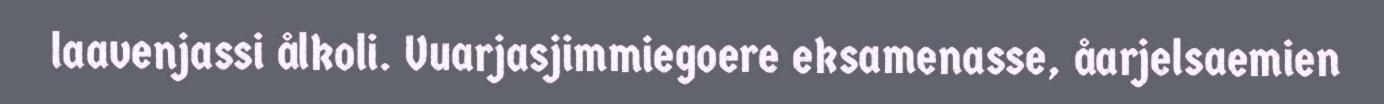
laavenjassi ålkoli. Vuarjasjimmiegoere eksamenasse, åarjelsaemien